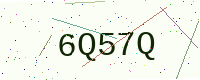
Text: 6Q57Q